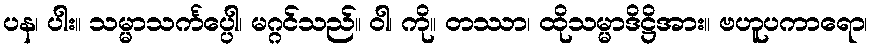
ပန၊ ပါး။ သမ္မာသင်္ကပ္ပေါ၊ မဂ္ဂင်သည်။ ဝါ၊ ကို။ တဿာ၊ ထိုသမ္မာဒိဋ္ဌိအား။ ဗဟူပကာရော၊